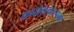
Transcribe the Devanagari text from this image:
कपोलकल्पना